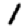
Digit: 1